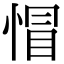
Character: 𢝌